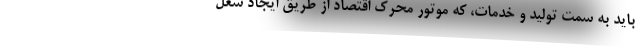
باید به سمت تولید و خدمات، که موتور محرک اقتصاد از طریق ایجاد شغل